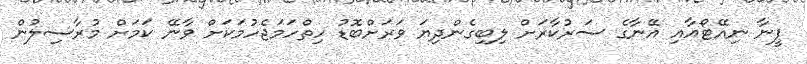
ޕީނާ ނިއޭޓޯއާއި އޭނާގެ ސަރުކާރަށް ލިބިގެންދިޔަ ވަރަށްބޮޑު ހިތްހަމަޖެހުމަކަށް ވާނޭ ކަމަށް މުރާސިލުން